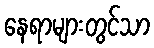
နေရာများတွင်သာ